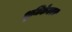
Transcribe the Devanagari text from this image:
भूमिकेवरच